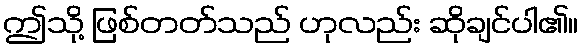
ဤသို့ ဖြစ်တတ်သည် ဟုလည်း ဆိုချင်ပါ၏။